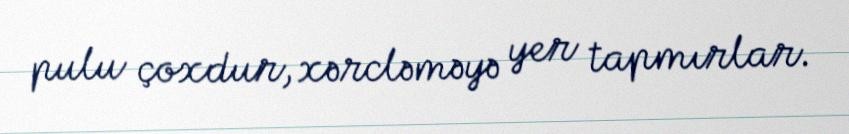
pulu çoxdur, xərcləməyə yer tapmırlar.